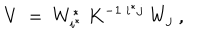
LaTeX: V ~ = ~ W _ { i ^ { * } } ^ { * } ~ K ^ { - 1 ~ { i ^ { * } } j } ~ W _ { j } ~ ,